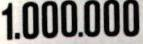
1.000.000